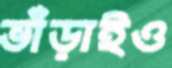
ভাঁড়াইও